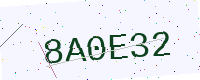
Text: 8A0E32